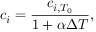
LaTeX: c _ { i } = { \frac { c _ { i , T _ { 0 } } } { 1 + \alpha \Delta T } } ,